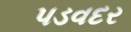
પડવદર